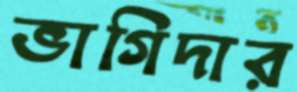
ভাগিদার